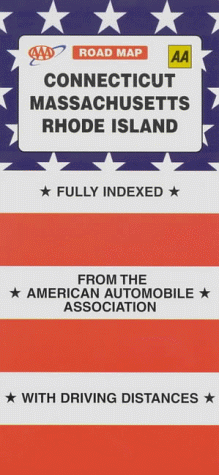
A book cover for Connecticut, Massachusetts, Rhode Island (AAA Road Map); American Automobile Association; Travel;